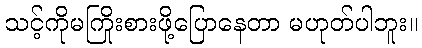
သင့်ကိုမကြိုးစားဖို့ပြောနေတာ မဟုတ်ပါဘူး။